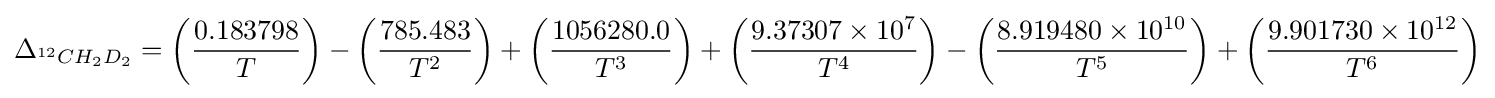
\Delta _{^{12}CH_{2}D_{2}}={\left({\frac {0.183798}{T}}\right)}-{\left({\frac {785.483}{T^{2}}}\right)}+\left({\frac {1056280.0}{T^{3}}}\right)+\left({\frac {9.37307\times 10^{7}}{T^{4}}}\right)-\left({\frac {8.919480\times 10^{10}}{T^{5}}}\right)+\left({\frac {9.901730\times 10^{12}}{T^{6}}}\right)